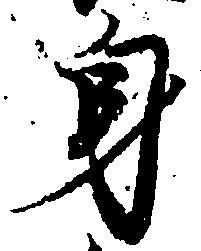
身